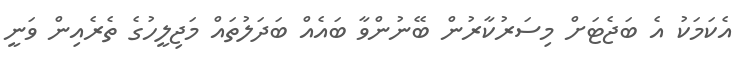
އެކަމަކު އެ ބަޖެޓަށް މިސަރުކާރުން ބޭނުންވާ ބައެއް ބަދަލުތައް މަޖިލީހުގެ ތެރެއިން ވަނީ